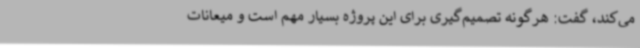
می‌کند، گفت: هرگونه تصمیم‌گیری برای این پروژه بسیار مهم است و میعانات